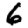
Digit: 6